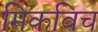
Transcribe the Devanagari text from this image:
मिकविच